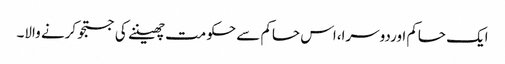
ایک حاکم اوردوسرا،اس حاکم سے حکومت چھیننے کی جستجو کرنے والا۔